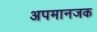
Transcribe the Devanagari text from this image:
अपमानजक